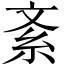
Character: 紊